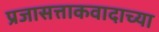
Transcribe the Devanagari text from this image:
प्रजासत्ताकवादाच्या